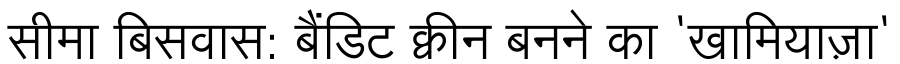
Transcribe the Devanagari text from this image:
सीमा बिसवास: बैंडिट क्वीन बनने का 'खामियाज़ा'